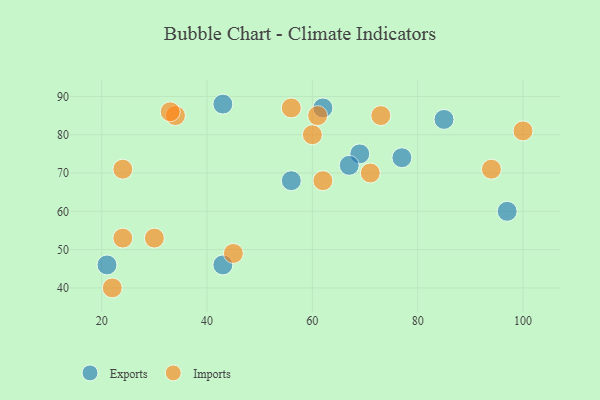
{"axis": {"x": "GDP", "y": "Life Expectancy"}, "legend": ["Exports", "Imports"], "data": [{"x": "43", "y": 88, "type": "Exports"}, {"x": "97", "y": 60, "type": "Exports"}, {"x": "85", "y": 84, "type": "Exports"}, {"x": "62", "y": 87, "type": "Exports"}, {"x": "21", "y": 46, "type": "Exports"}, {"x": "77", "y": 74, "type": "Exports"}, {"x": "69", "y": 75, "type": "Exports"}, {"x": "43", "y": 46, "type": "Exports"}, {"x": "56", "y": 68, "type": "Exports"}, {"x": "67", "y": 72, "type": "Exports"}, {"x": "71", "y": 70, "type": "Imports"}, {"x": "94", "y": 71, "type": "Imports"}, {"x": "60", "y": 80, "type": "Imports"}, {"x": "45", "y": 49, "type": "Imports"}, {"x": "22", "y": 40, "type": "Imports"}, {"x": "34", "y": 85, "type": "Imports"}, {"x": "24", "y": 71, "type": "Imports"}, {"x": "62", "y": 68, "type": "Imports"}, {"x": "56", "y": 87, "type": "Imports"}, {"x": "30", "y": 53, "type": "Imports"}, {"x": "100", "y": 81, "type": "Imports"}, {"x": "73", "y": 85, "type": "Imports"}, {"x": "33", "y": 86, "type": "Imports"}, {"x": "24", "y": 53, "type": "Imports"}, {"x": "61", "y": 85, "type": "Imports"}]}